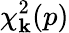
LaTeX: \chi_{\mathbf{k}}^{2}(p)